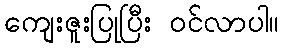
ကျေးဇူးပြုပြီး ဝင်လာပါ။